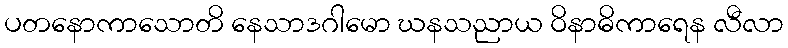
ပတနောကာသောတိ နေသာဒဂါမော ဃနသညာယ ဝိနာဓိကာရေန လီလာ